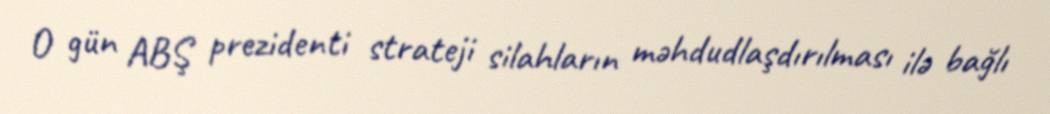
O gün ABŞ prezidenti strateji silahların məhdudlaşdırılması ilə bağlı